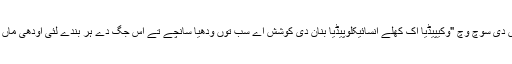
جمی ویلس دی سوچ وچ "وکیپیڈیا اک کھلے انسائیکلوپیڈیا بنان دی کوشش اے سب توں ودھیا سانچے تے اس جگ دے ہر بندے لئی اودھی ماں بولی وچ"۔